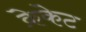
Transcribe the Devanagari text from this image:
क्रेकेट